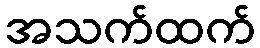
အသက်ထက်